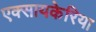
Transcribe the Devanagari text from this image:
एक्सायकेरिया